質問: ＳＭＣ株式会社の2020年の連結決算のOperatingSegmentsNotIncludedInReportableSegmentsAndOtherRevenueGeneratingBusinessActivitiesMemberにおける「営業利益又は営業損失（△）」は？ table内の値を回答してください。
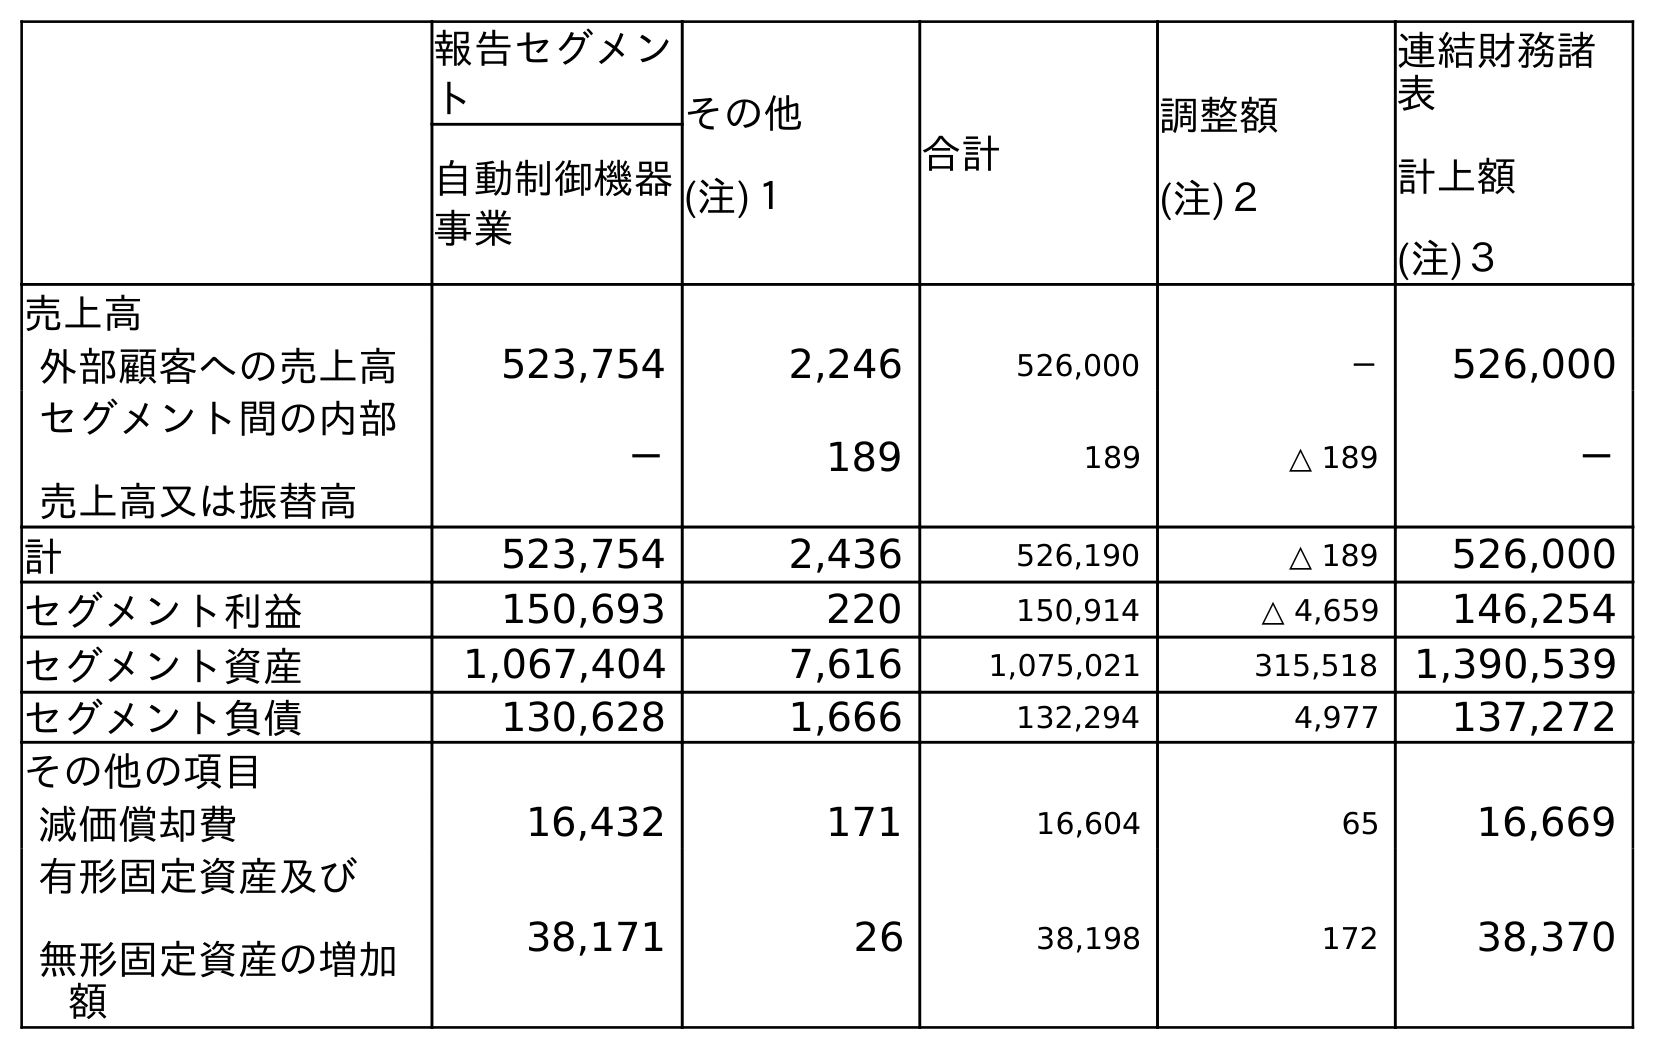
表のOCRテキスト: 報告セグメン ト その他 (注)１ 合計 調整額 (注)２ 連結財務諸 表 計上額 (注)３ 自動制御機器 事業 売上高 外部顧客への売上高 523,754 2,246 526,000 － 526,000 セグメント間の内部 売上高又は振替高 － 189 189 △ 189 － 計 523,754 2,436 526,190 △ 189 526,000 セグメント利益 150,693 220 150,914 △ 4,659 146,254 セグメント資産 1,067,404 7,616 1,075,021 315,518 1,390,539 セグメント負債 130,628 1,666 132,294 4,977 137,272 その他の項目 減価償却費 16,432 171 16,604 65 16,669 有形固定資産及び 無形固定資産の増加 額 38,171 26 38,198 172 38,370
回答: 220